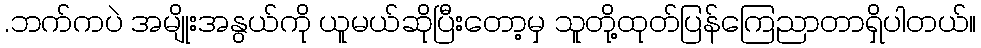
.ဘက်ကပဲ အမျိုးအနွယ်ကို ယူမယ်ဆိုပြီးတော့မှ သူတို့ထုတ်ပြန်ကြေညာတာရှိပါတယ်။